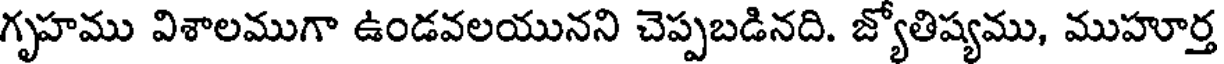
గృహము విశాలముగా ఉండవలయునని చెప్పబడినది. జ్యోతిష్యము, ముహూర్త